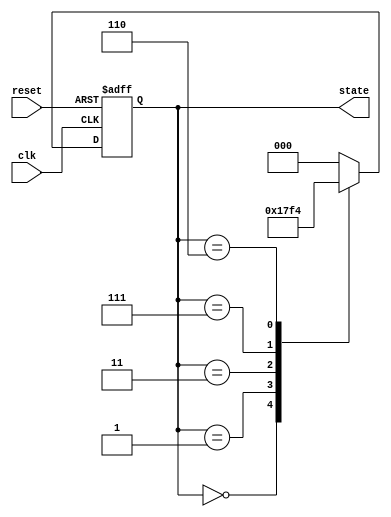
module johnson_counter (
    input wire clk,        // Clock input
    input wire reset,      // Asynchronous reset
    output reg [2:0] state // 3-bit output representing the current state
);

// State encoding for a 3-bit Johnson Counter
localparam STATE_0 = 3'b000;
localparam STATE_1 = 3'b001;
localparam STATE_2 = 3'b011;
localparam STATE_3 = 3'b111;
localparam STATE_4 = 3'b110;
localparam STATE_5 = 3'b100;

// Sequential logic for the Johnson counter
always @(posedge clk or posedge reset) begin
    if (reset) begin
        state <= STATE_0; // Initialize state to STATE_0 on reset
    end else begin
        case (state)
            STATE_0: state <= STATE_1; // 000 -> 001
            STATE_1: state <= STATE_2; // 001 -> 011
            STATE_2: state <= STATE_3; // 011 -> 111
            STATE_3: state <= STATE_4; // 111 -> 110
            STATE_4: state <= STATE_5; // 110 -> 100
            STATE_5: state <= STATE_0; // 100 -> 000
            default: state <= STATE_0; // Default to STATE_0
        endcase
    end
end

endmodule